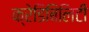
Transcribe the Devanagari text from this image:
क्रेडिबिलिटी